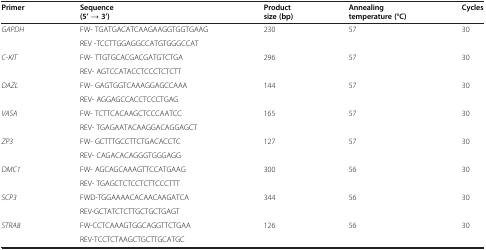
<table><thead><tr><td><b>Primer</b></td><td><b>Sequence (5’ → 3’)</b></td><td><b>Product size (bp)</b></td><td><b>Annealing temperature (°C)</b></td><td><b>Cycles</b></td></tr></thead><tbody><tr><td><i>GAPDH</i></td><td>FW- TGATGACATCAAGAAGGTGGTGAAG </td><td>230</td><td>57</td><td>30</td></tr><tr><td> </td><td>REV -TCCTTGGAGGCCATGTGGGCCAT</td><td> </td><td> </td><td> </td></tr><tr><td><i>C-KIT</i></td><td>FW- TTGTGCACGACGATGTCTGA</td><td>296</td><td>57</td><td>30</td></tr><tr><td> </td><td>REV- AGTCCATACCTCCCTCTCTT</td><td> </td><td> </td><td> </td></tr><tr><td><i>DAZL</i></td><td>FW- GAGTGGTCAAAGGAGCCAAA</td><td>144</td><td>57</td><td>30</td></tr><tr><td> </td><td>REV- AGGAGCCACCTCCCTGAG</td><td> </td><td> </td><td> </td></tr><tr><td><i>VASA</i></td><td>FW- TCTTCACAAGCTCCCAATCC</td><td>165</td><td>57</td><td>30</td></tr><tr><td> </td><td>REV- TGAGAATACAAGGACAGGAGCT</td><td> </td><td> </td><td> </td></tr><tr><td><i>ZP3</i></td><td>FW- GCTTTGCCTTCTGACACCTC</td><td>127</td><td>57</td><td>30</td></tr><tr><td> </td><td>REV- CAGACACAGGGTGGGAGG</td><td> </td><td> </td><td> </td></tr><tr><td><i>DMC1</i></td><td>FW- AGCAGCAAAGTTCCATGAAG</td><td>300</td><td>56</td><td>30</td></tr><tr><td> </td><td>REV- TGAGCTCTCCTCTTCCCTTT</td><td> </td><td> </td><td> </td></tr><tr><td><i>SCP3</i></td><td>FWD-TGGAAAACACAACAAGATCA</td><td>344</td><td>56</td><td>30</td></tr><tr><td> </td><td>REV-GCTATCTCTTGCTGCTGAGT</td><td> </td><td> </td><td> </td></tr><tr><td><i>STRA8</i></td><td>FW-CCTCAAAGTGGCAGGTTCTGAA </td><td>126</td><td>56</td><td>30</td></tr><tr><td> </td><td>REV-TCCTCTAAGCTGCTTGCATGC</td><td> </td><td> </td><td> </td></tr></tbody></table>